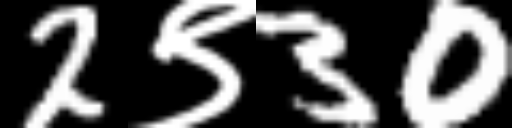
Text: 2९30